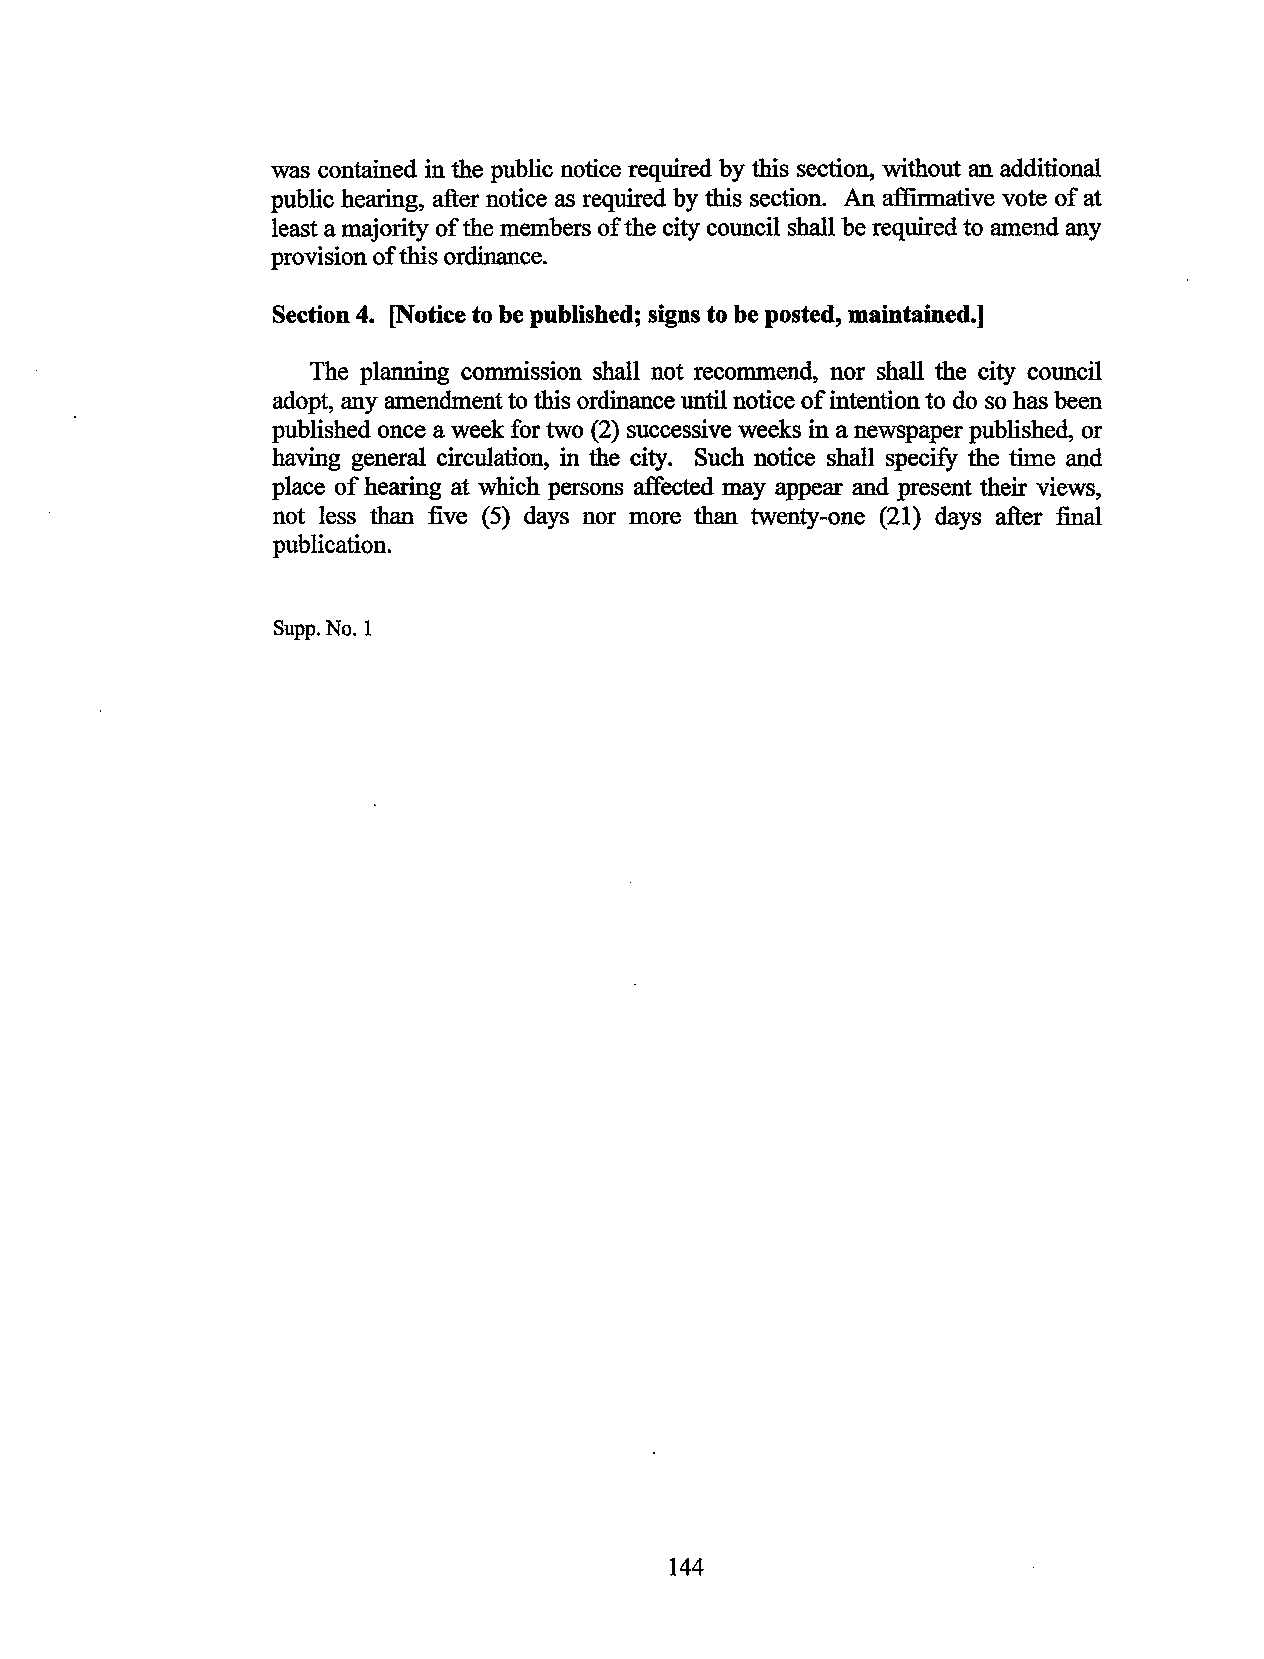
was contained in the public notice required by this section, without an additional
 public hearing, after notice as required by this section. An affirmative vote of at
 least a majority of the members of the city council shall be required to amend any
 provision of this ordinance.
 Section 4. [Notice to be published; signs to be posted, maintained.]
 The planning commission shall not recommend, nor shall the city council
 adopt, any amendment to this ordinance until notice of intention to do so has been
 published once a week for two (2) successive weeks in a newspaper published, or
 having general circulation, in the city. Such notice shall specify the time and
 place of hearing at which persons affected may appear and present their views,
 not less than five (5) days nor more than twenty-one (21) days after final
 publication.
 Supp. No.1
 144